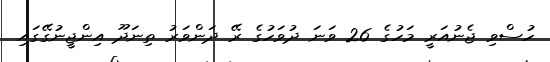
ހުސްވި ޖެނުއަރީ މަހުގެ 26 ވަނަ ދުވަހުގެ ރޭ ދަންވަރު ތިނަދޫ އިންޖީނުގޭގައި